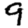
Digit: 9